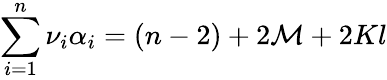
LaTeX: \sum_{i=1}^{n}\nu_{i}\alpha_{i}=(n-2)+2\mathcal{M}+2Kl